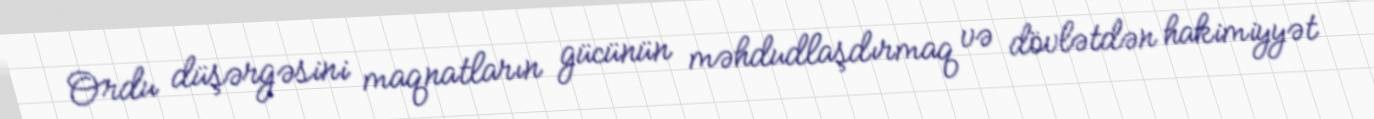
Ordu düşərgəsini maqnatların gücünün məhdudlaşdırmaq və dövlətdən hakimiyyət